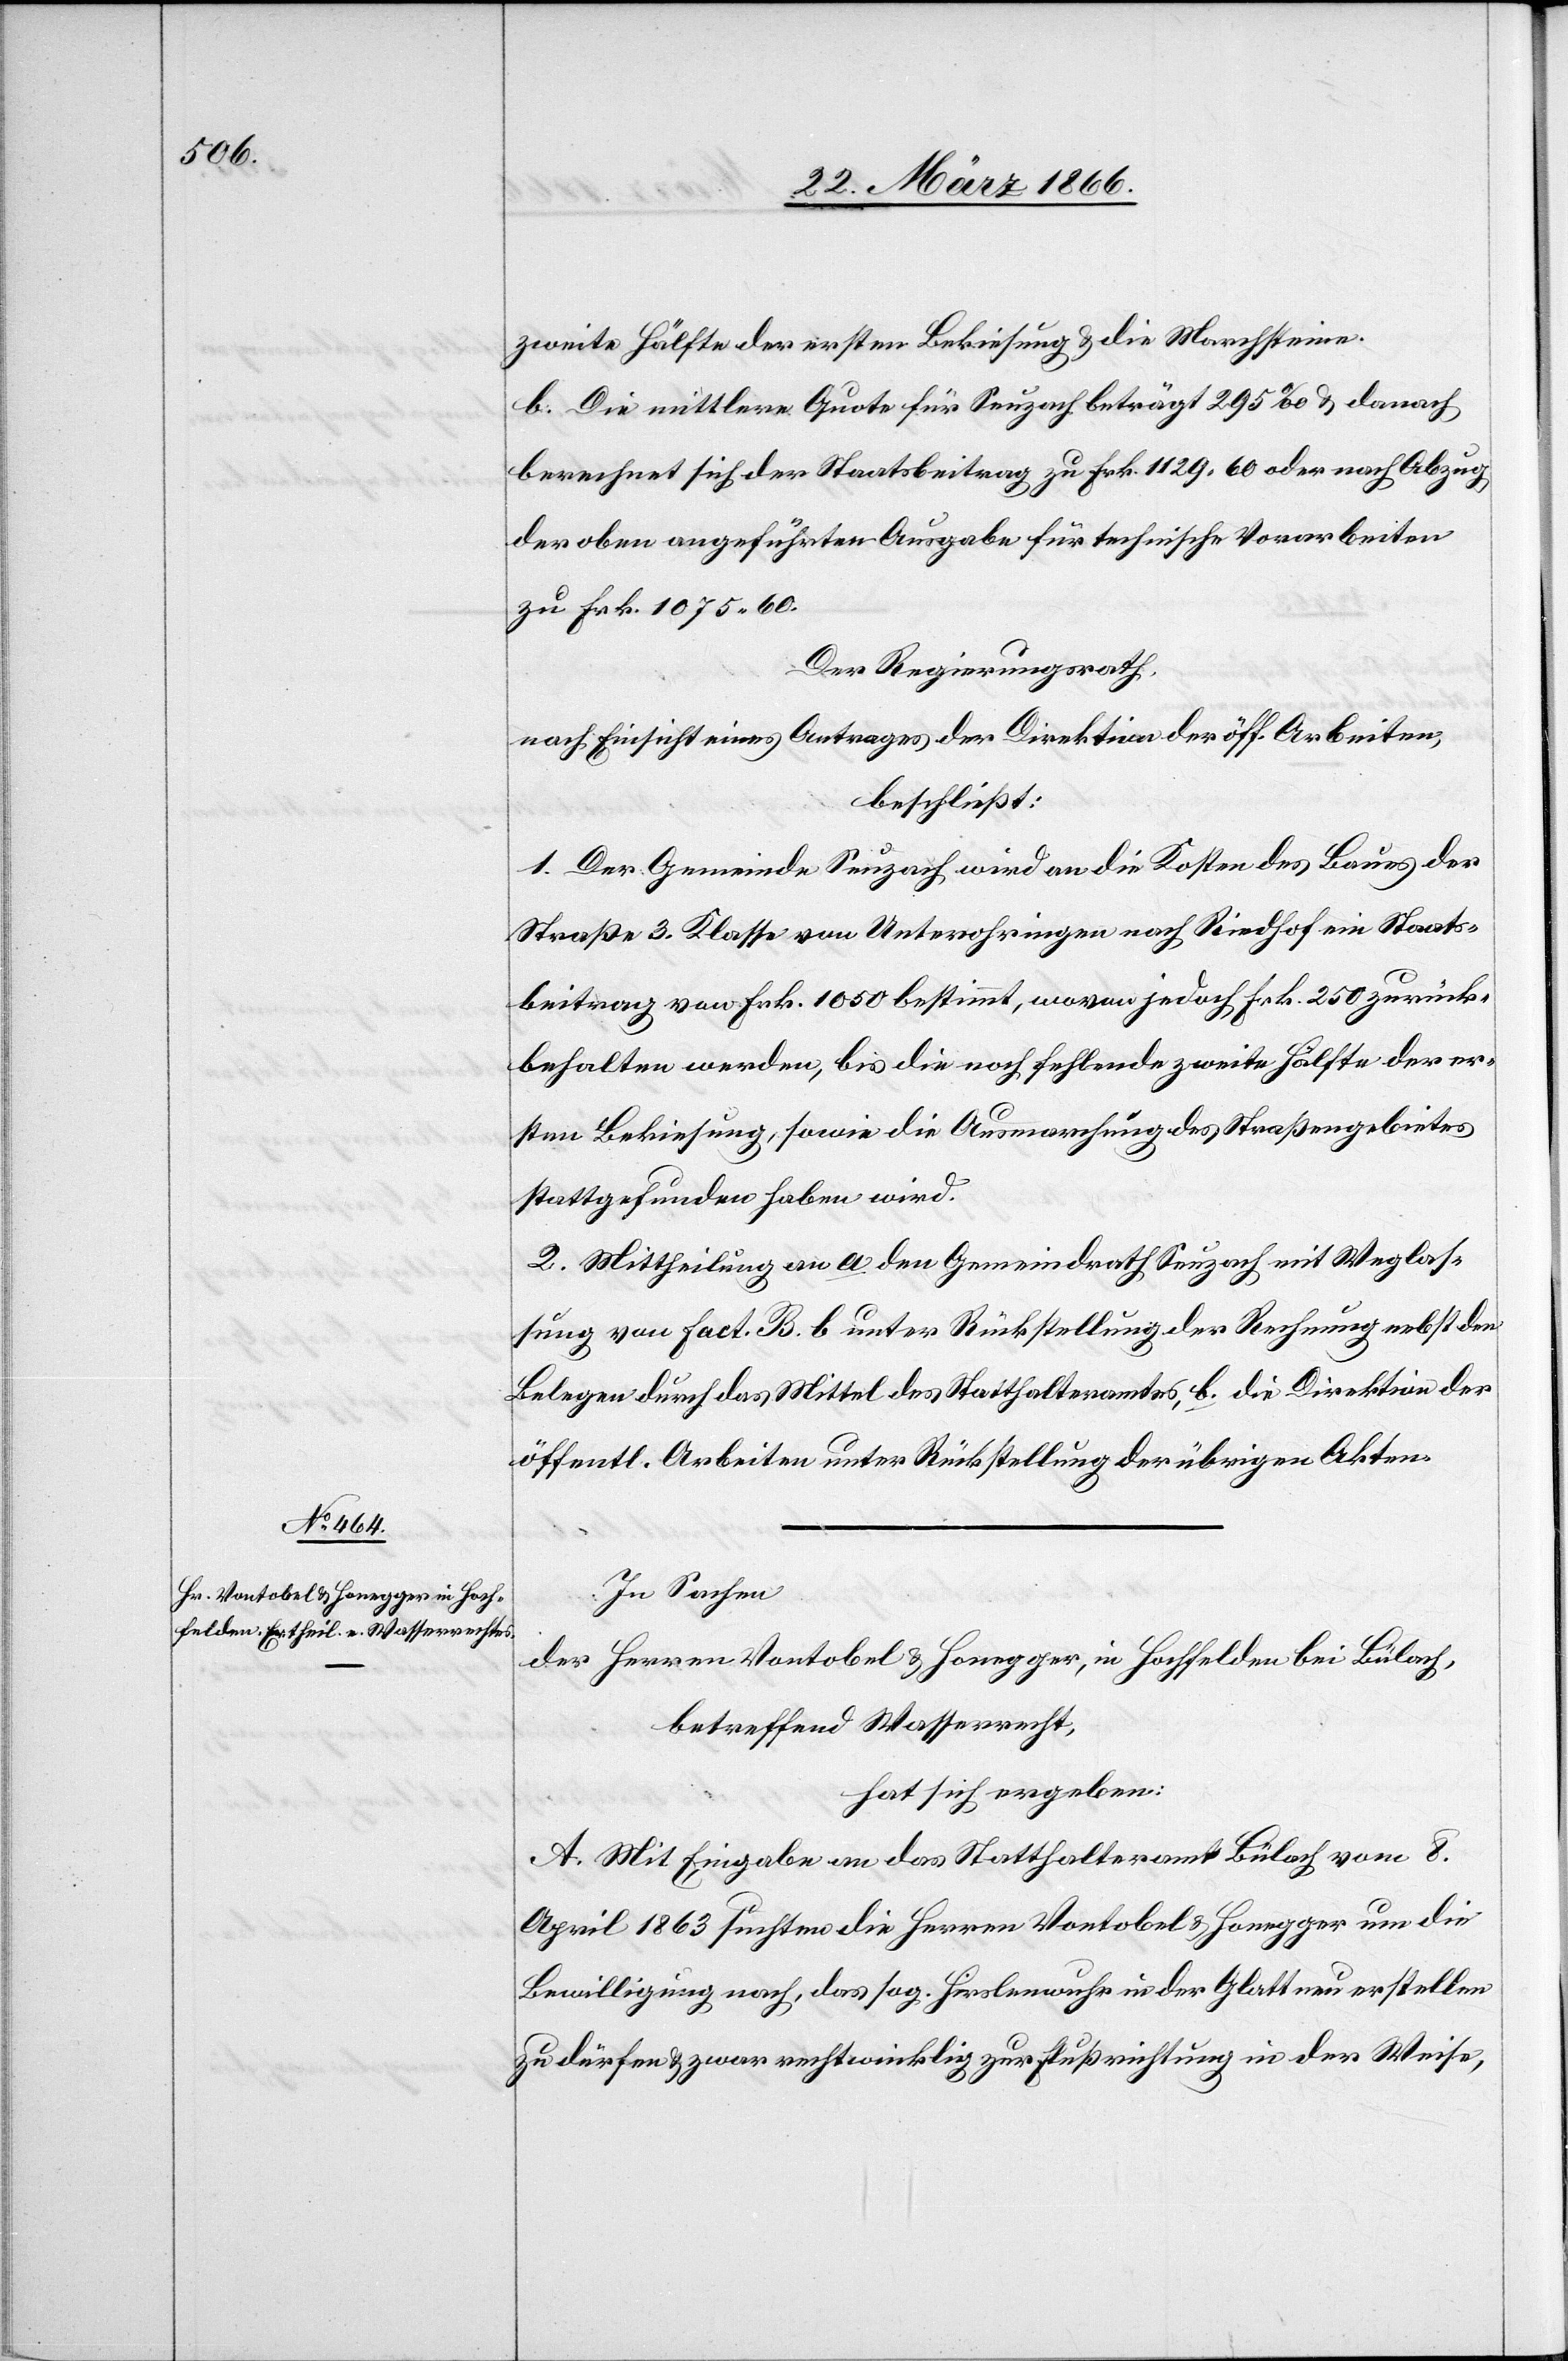
zweite Hälfte der ersten Bekiesung u. die Marchsteine.
b. Die mittlere Quote für Seuzach beträgt 295 ‰ u. danach
berechnet sich der Staatsbeitrag zu Frk. 1129,60 oder nach Abzug
der oben angeführten Ausgabe für technische Vorarbeiten
zu Frk. 1075,60.
Der Regierungsrath,
nach Einsicht eines Antrages der Direktion der öff. Arbeiten,
beschließt:
1. Der Gemeinde Seuzach wird an die Kosten des Baues der
Straße 3. Klasse von Unterohringen nach Riedhof ein Staats¬
beitrag von Frk. 1050 bestimmt, wovon jedoch Fr. 250 zurück¬
behalten werden, bis die noch fehlende zweite Hälfte der er¬
sten Bekiesung, sowie die Ausmarchung des Straßengebietes
stattgefunden haben wird.
2. Mittheilung an a. den Gemeindrath Seuzach mit Weglas¬
sung von Fact. B. b unter Rückstellung der Rechnung nebst den
Belegen durch das Mittel des Statthalteramtes, b. die Direktion der
öffentl. Arbeiten unter Rückstellung der übrigen Akten.
In Sachen
der Herren Vontobel u. Honegger, in Hochfelden bei Bülach,
betreffend Wasserrecht,
hat sich ergeben:
A. Mit Eingabe an das Statthalteramt Bülach vom 8.
April 1863 suchten die Herren Vontobel u. Honegger um die
Bewilligung nach, das sog. Hirslenwuhr in der Glatt neu erstellen
zu dürfen u. zwar rechtwinklig zur Fließrichtung in der Weise,